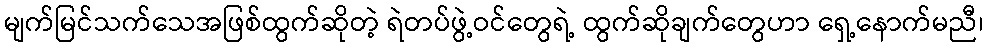
မျက်မြင်သက်သေအဖြစ်ထွက်ဆိုတဲ့ ရဲတပ်ဖွဲ့ဝင်တွေရဲ့ ထွက်ဆိုချက်တွေဟာ ရှေ့နောက်မညီ၊